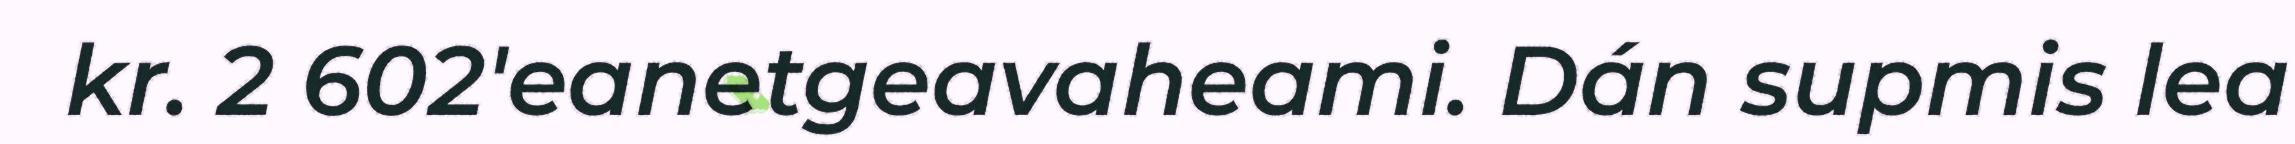
kr. 2 602'eanetgeavaheami. Dán supmis lea